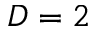
D = 2